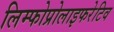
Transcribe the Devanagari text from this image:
लिम्फोप्रोलाइफरेटिव